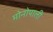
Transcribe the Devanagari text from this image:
मोनोपाली